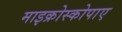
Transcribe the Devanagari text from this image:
माइक्रोस्कोपाए